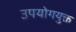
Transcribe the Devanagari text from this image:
उपयोगयुक्त